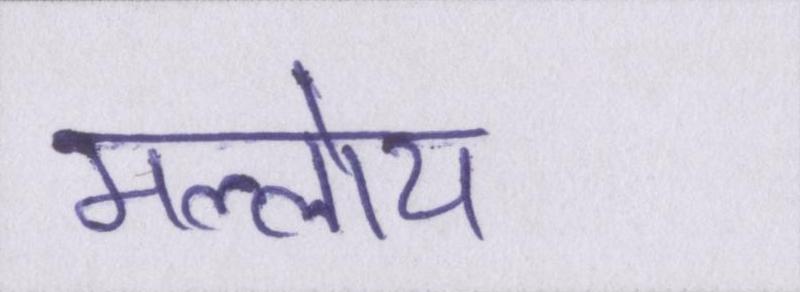
मल्लोय